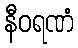
နီဝရဏံ